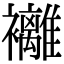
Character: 䙰